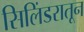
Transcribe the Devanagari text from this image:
सिलिंडरातून